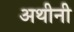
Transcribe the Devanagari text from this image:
अथीनी